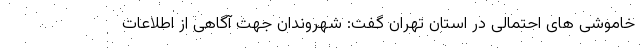
خاموشی های احتمالی در استان تهران گفت: شهروندان جهت آگاهی از اطلاعات